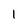
Character: 1